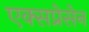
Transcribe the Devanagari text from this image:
एक्सप्रेसेन